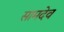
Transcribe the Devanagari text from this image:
सामदेव